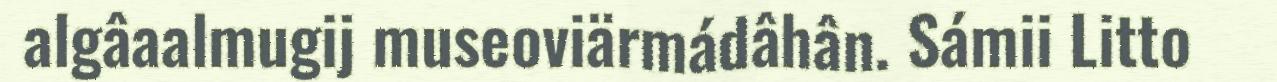
algâaalmugij museoviärmádâhân. Sámii Litto